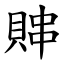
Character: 賗